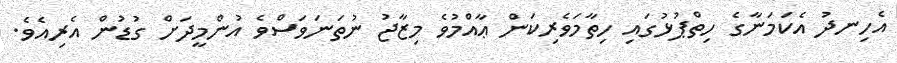
އެހިނދު އެކަމަނާގެ ހިތްޕުޅުގައި ހިތާމަވެރިކަން ޢާއްމުވެ މިޒާޖު ނުތަނަވަސްވެ އުންމީދަށް ގުޑުން އެރިއެވެ.